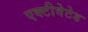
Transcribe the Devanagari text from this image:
एक्टीवेटेड